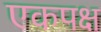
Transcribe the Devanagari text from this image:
एकपक्ष